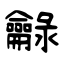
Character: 龣